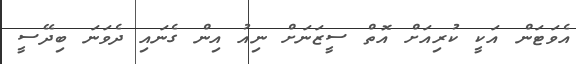
އެވަޓަން އަކީ ކުރިއަށް އޮތް ސީޒަނަށް ނިއު އިން ގެނައި ދެވަނަ ބިދޭސީ